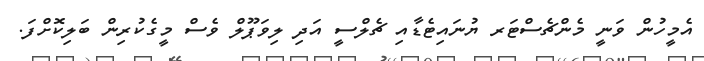
އެމީހުން ވަނީ މެންޗެސްޓަރ ޔުނައިޓެޑާއި ޗެލްސީ އަދި ލިވަޕޫލް ވެސް މީގެކުރިން ބަލިކޮށްފަ.